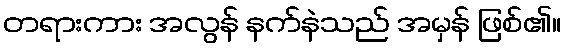
တရားကား အလွန် နက်နဲသည် အမှန် ဖြစ်၏။